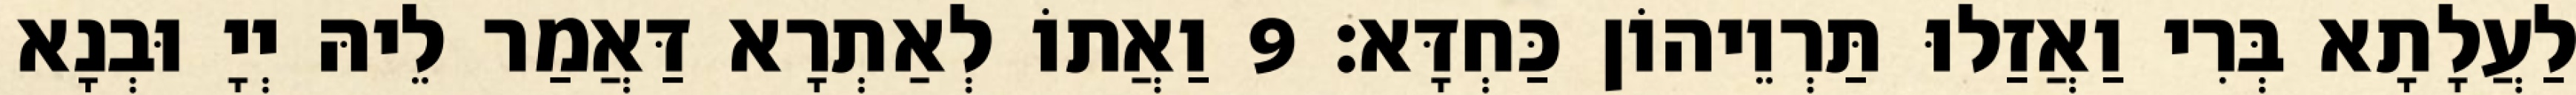
לַעֲלָתָא בְּרִי וַאֲזַלוּ תַּרְוֵיהוֹן כַּחְדָּא׃ 9 וַאֲתוֹ לְאַתְרָא דַּאֲמַר לֵיהּ יְיָ וּבְנָא